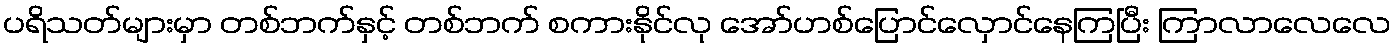
ပရိသတ်များမှာ တစ်ဘက်နှင့် တစ်ဘက် စကားနိုင်လု အော်ဟစ်ပြောင်လှောင်နေကြပြီး ကြာလာလေလေ